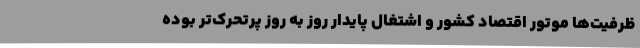
ظرفیت‌ها موتور اقتصاد کشور و اشتغال پایدار روز به روز پرتحرک‌تر بوده